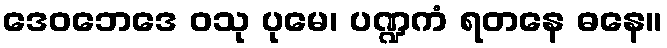
ဒေဝဘေဒေ ဝသု ပုမေ၊ ပဏ္ဍကံ ရတနေ ဓနေ။